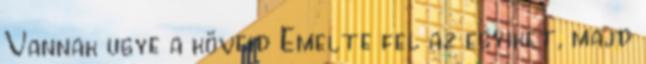
Vannak ugye a köveid Emelte fel az egyiket, majd